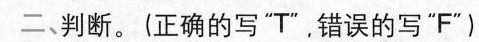
二、判断。(正确的写"T",错误的写"F")